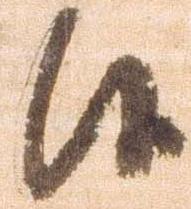
候